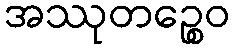
အဿုတဉ္စေဝ